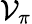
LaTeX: \mathcal{V}_{\pi}